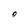
Character: 0